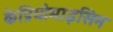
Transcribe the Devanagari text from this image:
केप्रियोमाइसिन